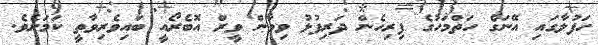
ހަފުލާގައި އޭނަގެ ހަތްމަހުގެ ފިރިހެން ދަރިފުޅު ވިވާން ވީރް އޮބެރޯއީ ބައިވެރިވާތީ ކަމަށެވެ.